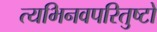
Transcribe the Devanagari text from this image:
त्यभिनवपरितुष्टो